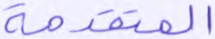
المتقدمة